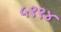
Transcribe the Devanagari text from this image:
५९९४